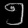
Digit: ၅